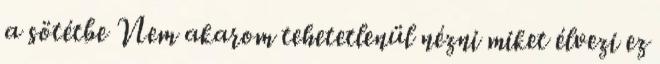
a sötétbe Nem akarom tehetetlenül nézni miket élvezi ez